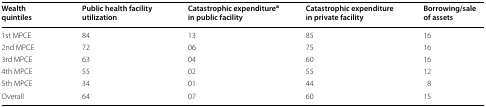
| Wealth quintiles | Public health facility utilization | Catastrophic expenditurea in public facility | Catastrophic expenditure in private facility | Borrowing/sale of assets |
 | --- | --- | --- | --- | --- |
 | 1st MPCE | 84 | 13 | 85 | 16 |
 | 2nd MPCE | 72 | 06 | 75 | 16 |
 | 3rd MPCE | 63 | 04 | 60 | 16 |
 | 4th MPCE | 55 | 02 | 55 | 12 |
 | 5th MPCE | 34 | 01 | 44 | 8 |
 | Overall | 64 | 07 | 60 | 15 |